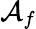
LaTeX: \mathcal{A}_{f}